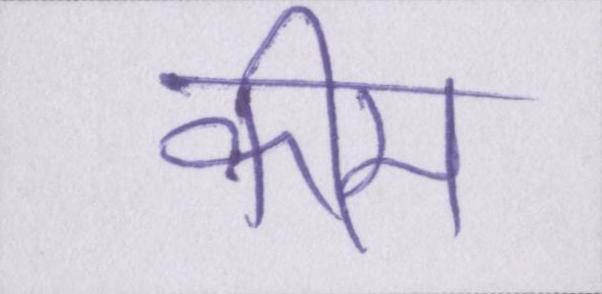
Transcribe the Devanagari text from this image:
कीम